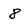
Character: 8